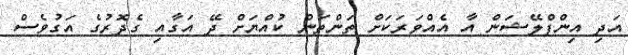
އަދި އިންފްލޭޝަން އާ އެއްވަރަކަށް ތަންތަން ކުއްޔަށް ދޭ އަގާއި ގެދޮރުގެ އަގުވެސް